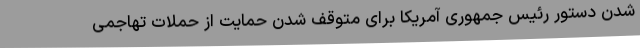
شدن دستور رئیس جمهوری آمریکا برای متوقف شدن حمایت از حملات تهاجمی